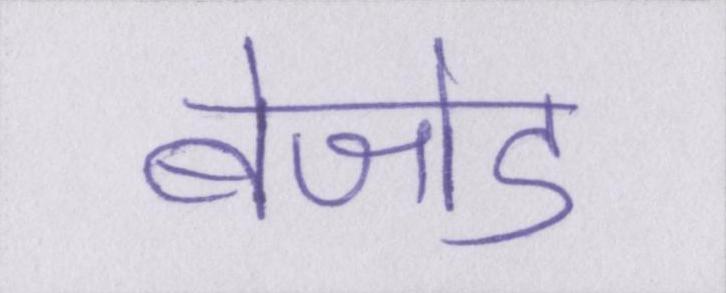
बेजोड